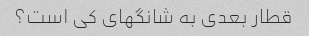
قطار بعدی به شانگهای کی است؟